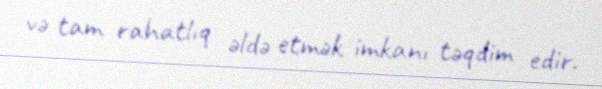
və tam rahatlıq əldə etmək imkanı təqdim edir.